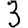
Digit: 3